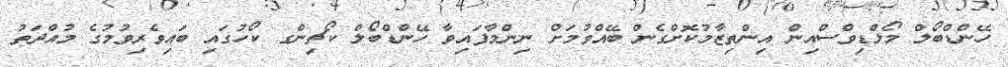
ހޭންޑްބޯލް މޯލްޑިވްސްއިން އިންތިޒާމުކޮށްގެން ބޭއްވުމަށް ނިންމާފައިވާ ހޭންޑްބޯލް ކޯޗިންގ ކޯހުގައި ބައިވެރިވުމުގެ މުއްދަތު